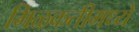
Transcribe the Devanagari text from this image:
मिळकतीमध्ये